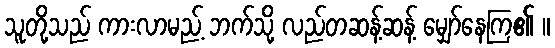
သူတို့သည် ကားလာမည့် ဘက်သို့ လည်တဆန့်ဆန့် မျှော်နေကြ၏ ။